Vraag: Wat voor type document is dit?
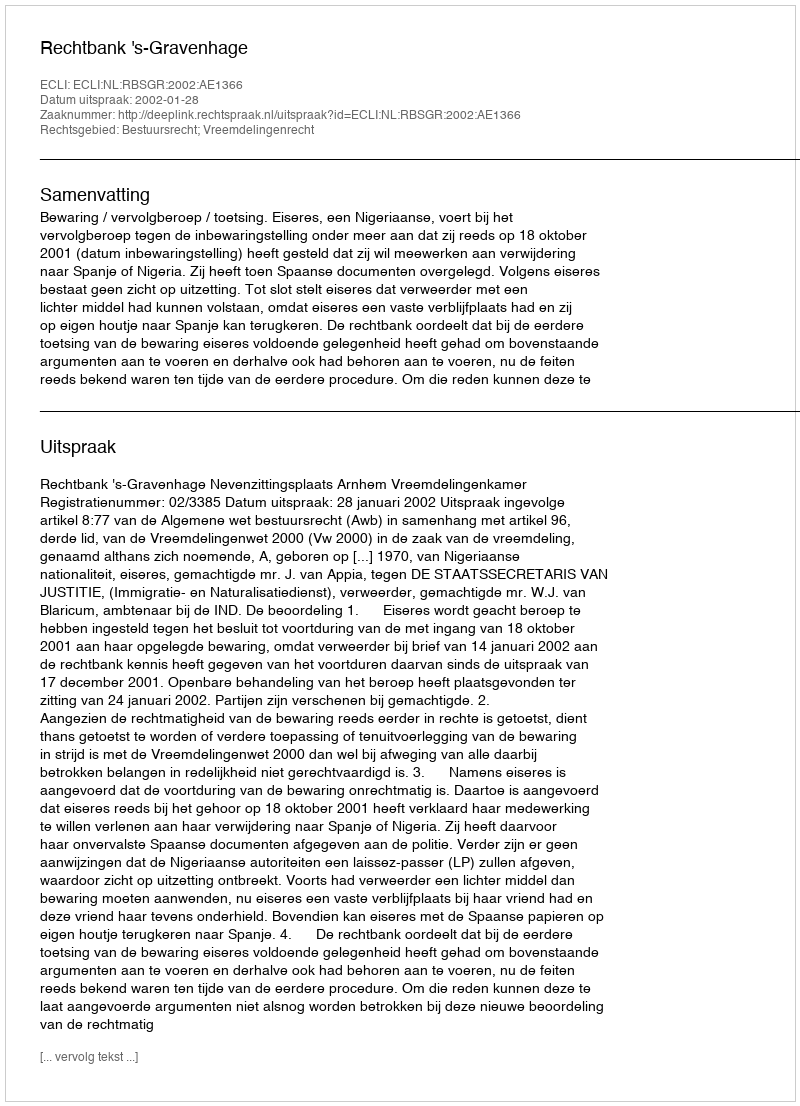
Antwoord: Uitspraak